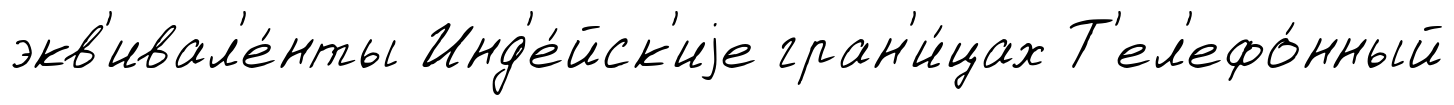
экв'ивал'е́нты Инд'е́йск'иjе гран'и́цах Т'ел'ефо́нный